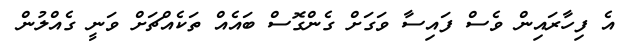
އެ ފިހާރައިން ވެސް ފައިސާ ވަގަށް ގެންގޮސް ބައެއް ތަކެއްޗަށް ވަނީ ގެއްލުން